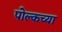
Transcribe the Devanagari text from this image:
पोल्कच्या